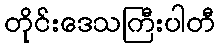
တိုင်းဒေသကြီးပါတီ